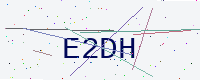
Text: E2DH